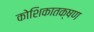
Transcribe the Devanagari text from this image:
कोशिकातक्षण